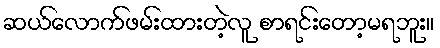
ဆယ်လောက်ဖမ်းထားတဲ့လူ စာရင်းတော့မရဘူး။